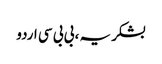
بشکریہ ، بی بی سی اردو